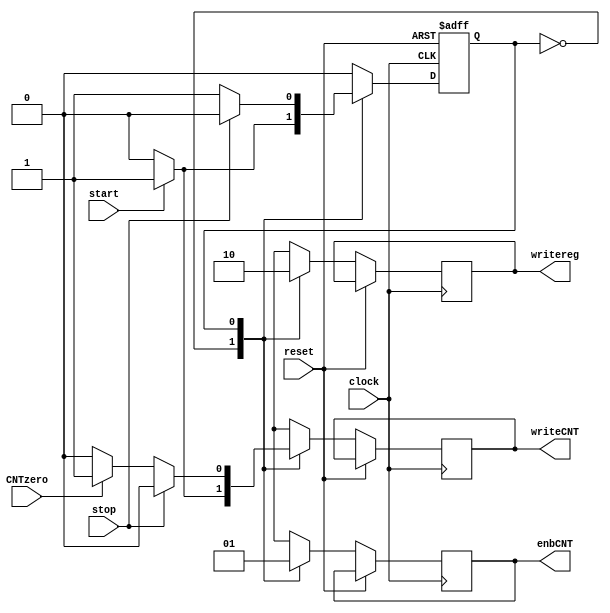
module CU(
input start,
input stop,
input CNTzero,
input reset,
input clock,
output reg writereg,
output reg writeCNT,
output reg enbCNT
);

reg s=0;

always @(posedge clock , posedge reset) begin

	if(reset)
		s<=0;
	else begin
		writereg=0;
		writeCNT=0;
		enbCNT=0;
		case(s)
		
			0: begin
				enbCNT=0;
				writereg=1;
				if(start) begin
					s<=1;
					writeCNT=1;
				end
				else
					s<=0;
			end
			
			1: begin
				enbCNT=1;
				if(stop)
					s<=0;
				else if(CNTzero)
					writeCNT=1;
				else
					s<=1;
			end
			
			default:s<=0;
			
		endcase
	end

end







endmodule